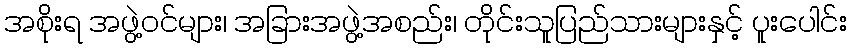
အစိုးရ အဖွဲ့ဝင်များ၊ အခြားအဖွဲ့အစည်း၊ တိုင်းသူပြည်သားများနှင့် ပူးပေါင်း